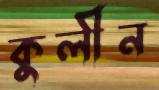
কুলীন